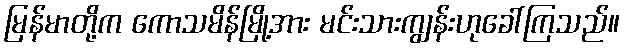
မြန်မာတို့က ကောသမိန်မြို့အား မင်းသားကျွန်းဟုခေါ်ကြသည်။